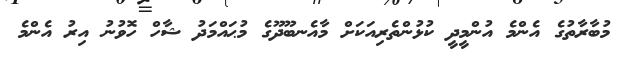
މުބާރާތުގެ އެންމެ އުންމީދީ ކުޅުންތެރިއަކަށް މާއެނބޫދޫގެ މުޙައްމަދު ޝާހް ހޮވުނު އިރު އެންމެ